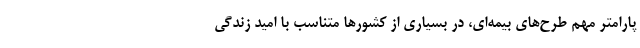
پارامتر مهم طرح‌های بیمه‌ای، در بسیاری از کشورها متناسب با امید زندگی